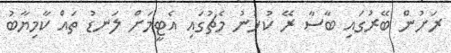
ރަށުން ބޭރުގައި ބާސާ ރޭ ކުޅުނު މެޗުގައި އެޓީމަށް ލަނޑު ތައް ކާމިޔާބު